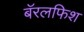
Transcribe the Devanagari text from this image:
बॅरलफिश